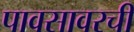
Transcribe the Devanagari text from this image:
पावसावरची